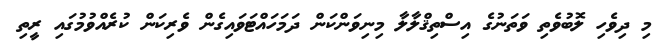
މި ދިވެހި ލޮބުވެތި ވަތަނުގެ އިސްތިޤްލާލާ މިނިވަންކަން ދަމަހައްޓަވައިގެން ވެރިކަން ކުރެއްވުމުގައި ރީތި